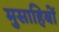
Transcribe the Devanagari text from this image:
मुसाहिबों